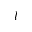
l